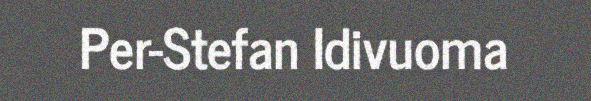
Per-Stefan Idivuoma